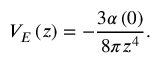
V _ { E } \left( z \right) = - \frac { 3 \alpha \left( 0 \right) } { 8 \pi z ^ { 4 } } .